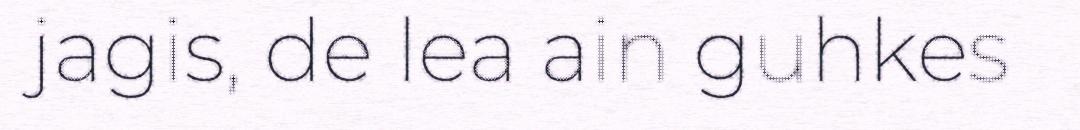
jagis, de lea ain guhkes